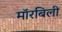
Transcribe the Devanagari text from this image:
मॉरबिली